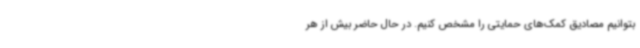
بتوانیم مصادیق کمک‌های حمایتی را مشخص کنیم. در حال حاضر بیش از هر